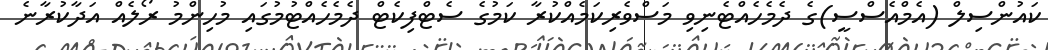
ކައުންސިލް (އެމްއެސްސީ)ގެ ދެމެހެއްޓެނިވި މަސްވެރިކަމެއްކުރާ ކަމުގެ ސެޓްފިކެޓް ދެމެހެއްޓުމުގައި މުހިންމު ރޯލެއް އަދާކުރާނެ